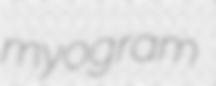
myogram